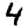
Digit: 4